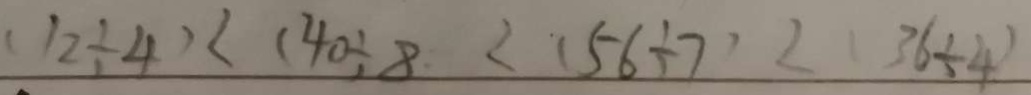
( 1 2 \div 4 ) < ( 4 0 \div 8 < ( 5 6 \div 7 ) < ( 3 6 \div 4 )